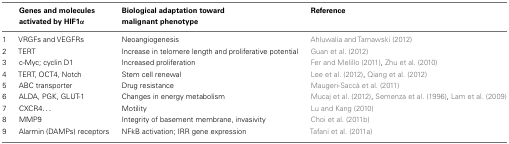
<table><thead><tr><td></td><td><b>Genes and molecules activated by HIF1α</b></td><td><b>Biological adaptation toward malignant phenotype</b></td><td><b>Reference</b></td></tr></thead><tbody><tr><td>1</td><td>VRGFs and VEGFRs</td><td>Neoangiogenesis</td><td>Ahluwalia and Tarnawski (2012)</td></tr><tr><td>2</td><td>TERT</td><td>Increase in telomere length and proliferative potential</td><td>Guan et al. (2012)</td></tr><tr><td>3</td><td>c-Myc; cyclin D1</td><td>Increased proliferation</td><td>Fer and Melillo (2011), Zhu et al. (2010)</td></tr><tr><td>4</td><td>TERT, OCT4, Notch</td><td>Stem cell renewal</td><td>Lee et al. (2012), Qiang et al. (2012)</td></tr><tr><td>5</td><td>ABC transporter</td><td>Drug resistance</td><td>Maugeri-Saccà et al. (2011)</td></tr><tr><td>6</td><td>ALDA, PGK, GLUT-1</td><td>Changes in energy metabolism</td><td>Mucaj et al. (2012), Semenza et al. (1996), Lam et al. (2009)</td></tr><tr><td>7</td><td>CXCR4...</td><td>Motility</td><td>Lu and Kang (2010)</td></tr><tr><td>8</td><td>MMP9</td><td>Integrity of basement membrane, invasivity</td><td>Choi et al. (2011b)</td></tr><tr><td>9</td><td>Alarmin (DAMPs) receptors</td><td>NFkB activation; IRR gene expression</td><td>Tafani et al. (2011a)</td></tr></tbody></table>